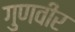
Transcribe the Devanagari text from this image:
गुणवीर